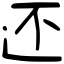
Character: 还